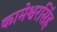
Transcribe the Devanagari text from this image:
कामेश्वरसिंह